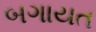
બગાયત